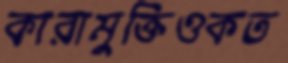
কারামুক্তিওকত